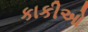
કાકીઓ